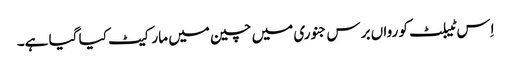
اِس ٹیبلٹ کو رواں برس جنوری میں چین میں مارکیٹ کیا گیا ہے۔